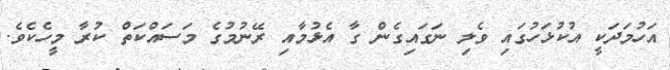
އަހުމަދަކީ އުކުޅަހުގައި ވެލި ނަގައިގެން ގާ އެޅުމާއި ރޭނުމުގެ މަސައްކަތް ކުރާ މީހެކެވެ.